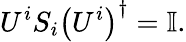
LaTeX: U^{i}S_{i}\left(U^{i}\right)^{\dagger}=\mathbb{I}.